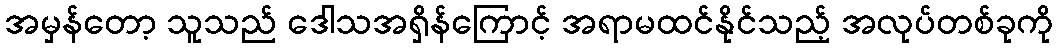
အမှန်တော့ သူသည် ဒေါသအရှိန်ကြောင့် အရာမထင်နိုင်သည့် အလုပ်တစ်ခုကို